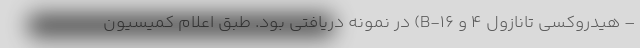
– هیدروکسی تانازول ۴ و B-۱۶) در نمونه دریافتی بود. طبق اعلام کمیسیون